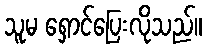
သူမ ရှောင်ပြေးလိုသည်။